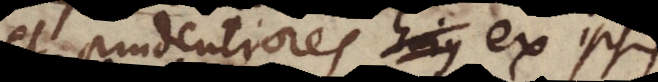
et prudentiores ex ipsis